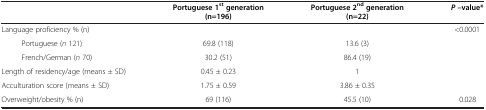
<table><thead><tr><td>[EMPTY_CELL]</td><td><b>Portuguese 1<sup>st</sup>generation (n=196)</b></td><td><b>Portuguese 2<sup>nd</sup>generation (n=22)</b></td><td><b><i>P </i>–value*</b></td></tr></thead><tbody><tr><td>Language proficiency % (n)</td><td>[EMPTY_CELL]</td><td>[EMPTY_CELL]</td><td>&lt;0.0001</td></tr><tr><td>Portuguese (<i>n</i> 121)</td><td>69.8 (118)</td><td>13.6 (3)</td><td>[EMPTY_CELL]</td></tr><tr><td>French/German (<i>n</i> 70)</td><td>30.2 (51)</td><td>86.4 (19)</td><td>[EMPTY_CELL]</td></tr><tr><td>Length of residency/age (means ± SD)</td><td>0.45 ± 0.23</td><td>1</td><td>[EMPTY_CELL]</td></tr><tr><td>Acculturation score (means ± SD)</td><td>1.75 ± 0.59</td><td>3.86 ± 0.35</td><td>[EMPTY_CELL]</td></tr><tr><td>Overweight/obesity % (n)</td><td>69 (116)</td><td>45.5 (10)</td><td>0.028</td></tr></tbody></table>